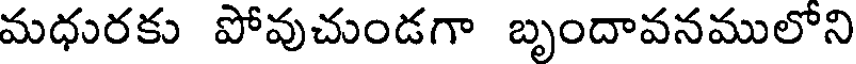
మధురకు పోవుచుండగా బృందావనములోని